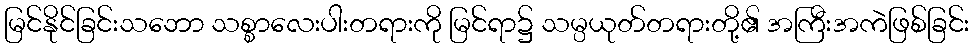
မြင်နိုင်ခြင်းသဘော သစ္စာလေးပါးတရားကို မြင်ရာ၌ သမ္ပယုတ်တရားတို့၏ အကြီးအကဲဖြစ်ခြင်း